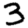
Digit: 3